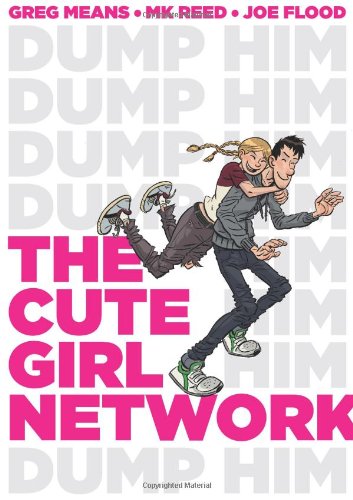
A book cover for The Cute Girl Network; MK Reed; Comics & Graphic Novels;